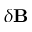
\delta { \bf B }